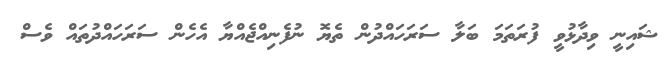
ޝަައިނީ ވިދާޅުވީ ފުރަތަމަ ބަލާ ސަރަހައްދުން ތެޔޮ ނުފެނިއްޖެއްޔާ އެހެން ސަރަހައްދުތައް ވެސް